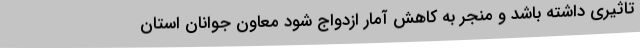
تاثیری داشته باشد و منجر به کاهش آمار ازدواج شود معاون جوانان استان